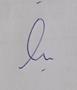
Signature authenticity: genuine